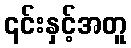
၎င်းနှင့်အတူ